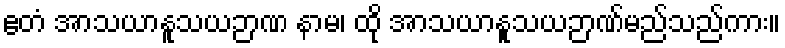
ဧတံ အာသယာနူသယဉာဏ နာမ၊ ထို အာသယာနူသယဉာဏ်မည်သည်ကား။